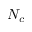
N _ { c }